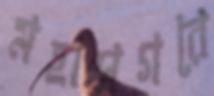
মহাসগরে